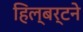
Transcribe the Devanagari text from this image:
हिल्बर्टने